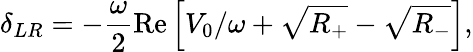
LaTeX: \delta_{LR}=-\frac{\omega}{2}\mathrm{Re}\left[V_{0}/\omega+\sqrt{R_{+}}-\sqrt{R_{-}}\right],